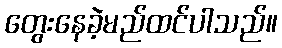
တွေးနေခဲ့မည်ထင်ပါသည်။